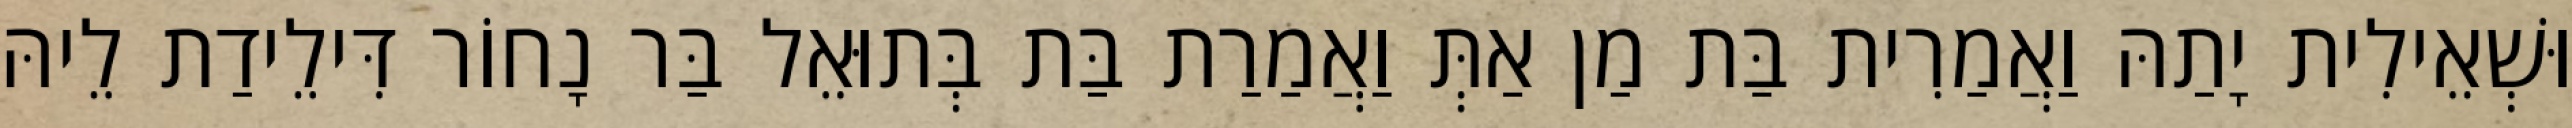
וּשְׁאֵילִית יָתַהּ וַאֲמַרִית בַּת מַן אַתְּ וַאֲמַרַת בַּת בְּתוּאֵל בַּר נָחוֹר דִּילֵידַת לֵיהּ